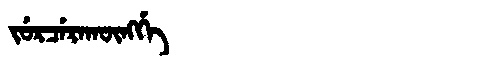
Manchu: ᠵᡠᡵᠴᡝᡵᠠᡴᡡᠩᡤᡝ
Romanization: JURCERAKŪNGGE